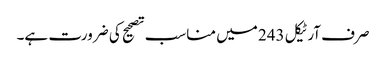
صرف آرٹیکل 243 میں مناسب تصحیح کی ضرورت ہے۔